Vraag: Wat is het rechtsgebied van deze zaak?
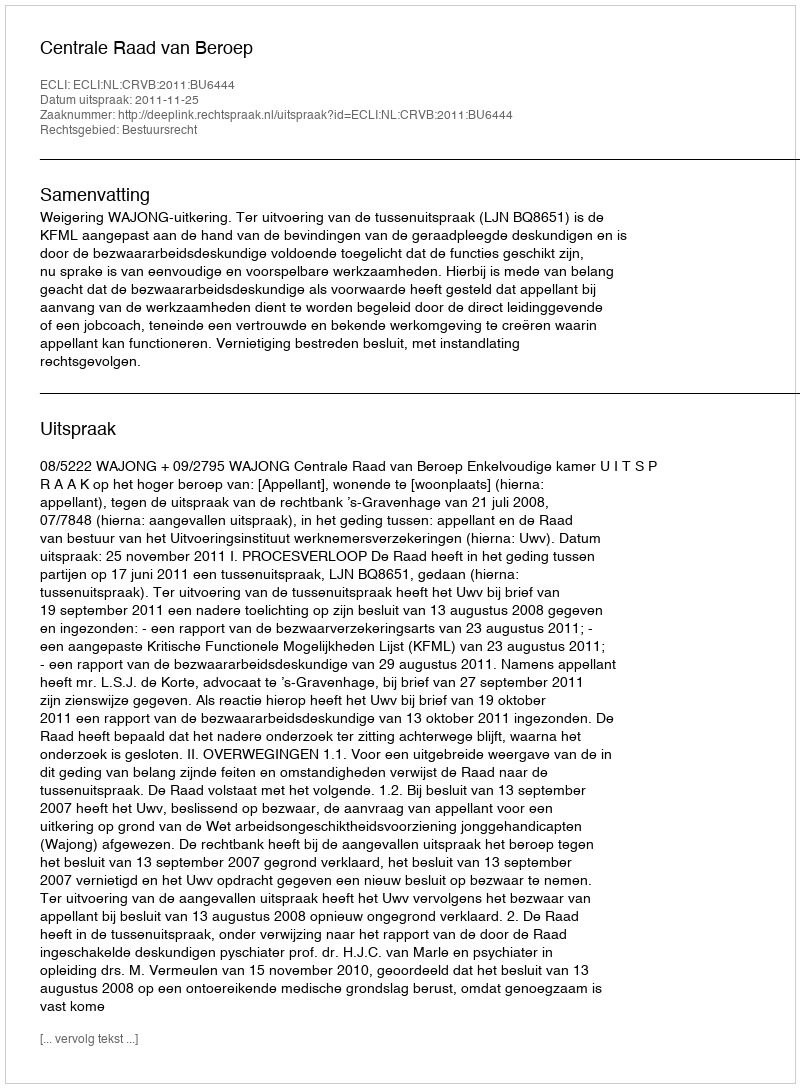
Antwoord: Bestuursrecht